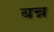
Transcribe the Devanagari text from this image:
बन्न